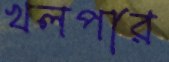
খলপার